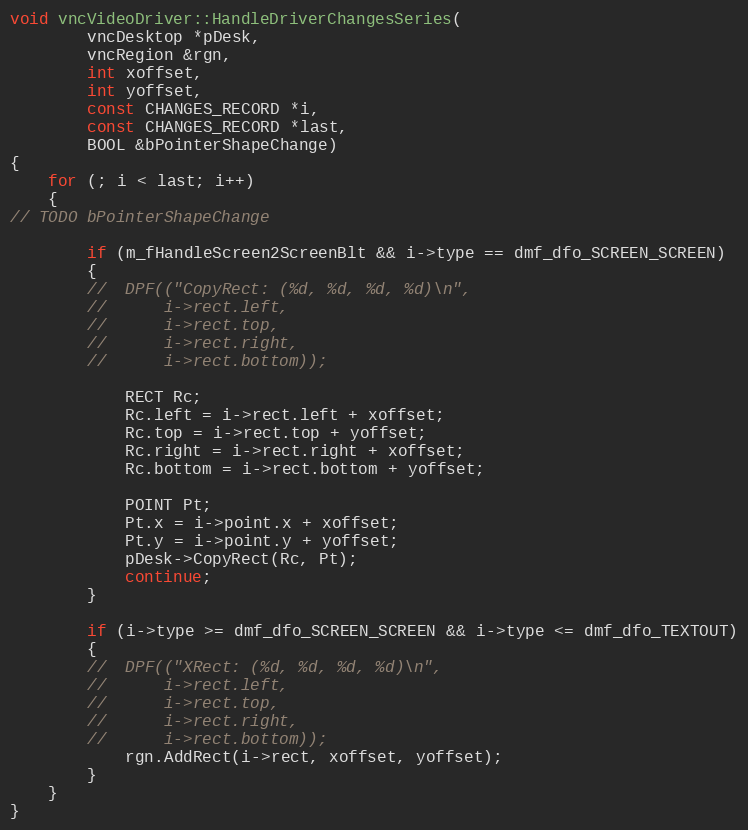
Language: C++
void vncVideoDriver::HandleDriverChangesSeries(
		vncDesktop *pDesk,
		vncRegion &rgn,
		int xoffset,
		int yoffset,
		const CHANGES_RECORD *i,
		const CHANGES_RECORD *last,
		BOOL &bPointerShapeChange)
{
	for (; i < last; i++)
	{
// TODO bPointerShapeChange

		if (m_fHandleScreen2ScreenBlt && i->type == dmf_dfo_SCREEN_SCREEN)
		{
		//	DPF(("CopyRect: (%d, %d, %d, %d)\n",
		//		i->rect.left,
		//		i->rect.top,
		//		i->rect.right,
		//		i->rect.bottom));

			RECT Rc;
			Rc.left = i->rect.left + xoffset;
			Rc.top = i->rect.top + yoffset;
			Rc.right = i->rect.right + xoffset;
			Rc.bottom = i->rect.bottom + yoffset;

			POINT Pt;
			Pt.x = i->point.x + xoffset;
			Pt.y = i->point.y + yoffset;
			pDesk->CopyRect(Rc, Pt);
			continue;
		}

		if (i->type >= dmf_dfo_SCREEN_SCREEN && i->type <= dmf_dfo_TEXTOUT)
		{
		//	DPF(("XRect: (%d, %d, %d, %d)\n",
		//		i->rect.left,
		//		i->rect.top,
		//		i->rect.right,
		//		i->rect.bottom));
			rgn.AddRect(i->rect, xoffset, yoffset);
		}
	}
}